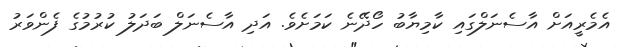
އެމެރީއަށް އާސެނަލްގައި ކާމިޔާބު ހޯދޭނެ ކަމަށެވެ. އަދި އާސެނަލް ބަދަލު ކުރުމުގެ ފެންވަރު